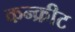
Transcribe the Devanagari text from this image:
कन्क्रीट